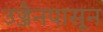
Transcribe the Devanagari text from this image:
उज्जैनपासून